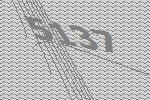
5137